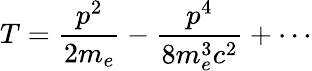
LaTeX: T={\frac{p^{2}}{2m_{e}}}-{\frac{p^{4}}{8m_{e}^{3}c^{2}}}+\cdots